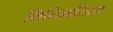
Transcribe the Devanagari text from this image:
मिनिमालिस्म